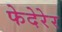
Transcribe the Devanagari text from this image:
फेदेरेर